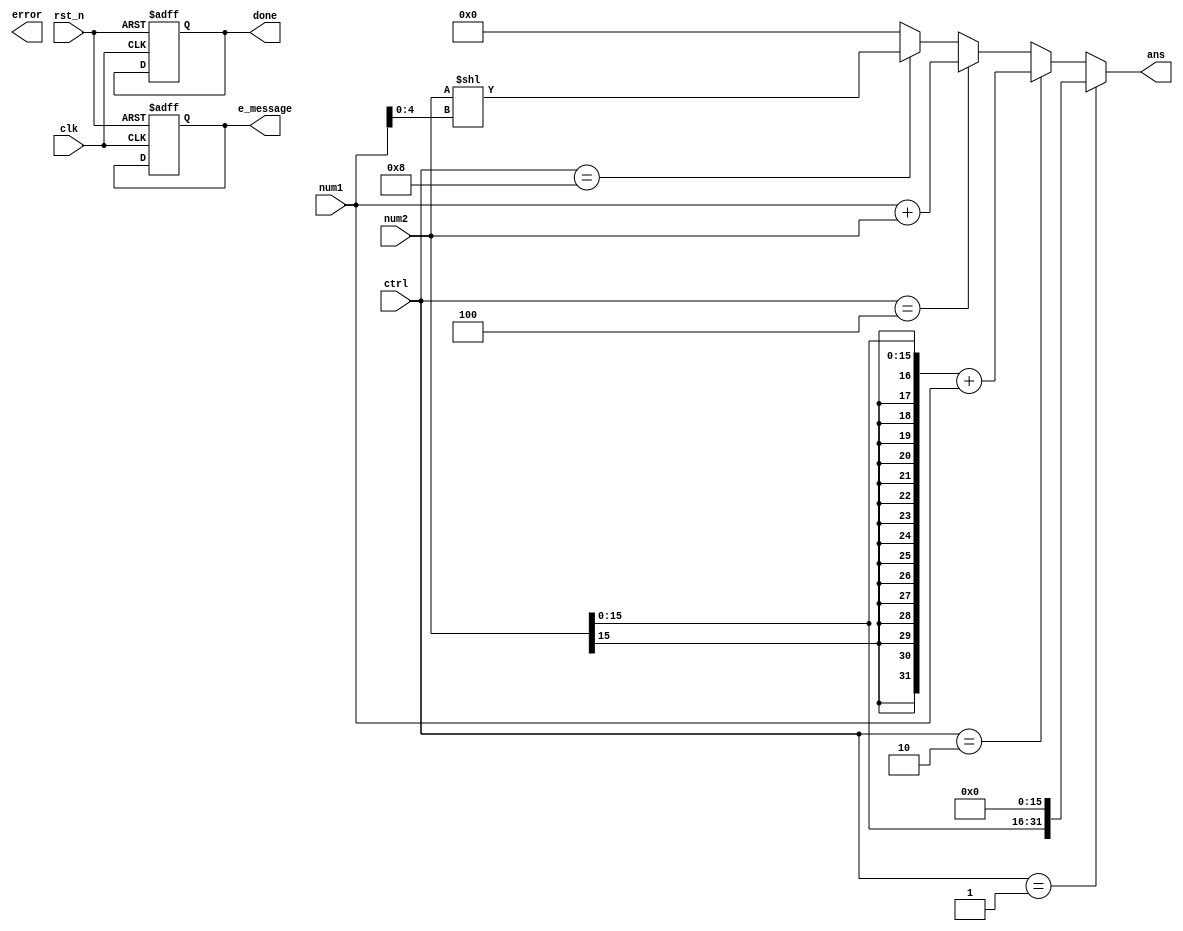
`timescale 1ns / 1ps
//////////////////////////////////////////////////////////////////////////////////
// Company: 
// Engineer: 
// 
// Design Name: 
// Module Name: ALU
// Project Name: 
// Target Devices: 
// Tool Versions: 
// Description: 
// 
// Dependencies: 
// 
// Revision:
// Revision 0.01 - File Created
// Additional Comments:
// 
//////////////////////////////////////////////////////////////////////////////////


module ALU(
    input clk,
    input rst_n,
    input [3:0] ctrl,
    input [31:0] num1,//rs
    input [31:0] num2,//rt
    output [31:0]ans,
    output error,
    output [1:0]e_message,// 0: 1:add 2: 3:
    output done
    );
    reg[1:0] R_e_message;
    reg R_done;
    always@(posedge clk or negedge rst_n)begin
        if(!rst_n)begin
            R_done<=1'b0;
            R_e_message<=2'b0;
        end
    end
    assign ans=(ctrl==4'b0001)?({num2[15:0],16'b0}):
                (ctrl==4'b0010)?({{(16){num2[15]}},num2[15:0]}+num1):
                (ctrl==4'b0100)?(num1+num2):
                (ctrl==4'b1000)?(num2<<num1[4:0]):0;
    assign e_message=R_e_message;
    assign done=R_done;
endmodule